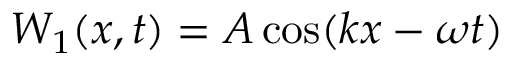
W _ { 1 } ( x , t ) = A \cos ( k x - \omega t )